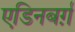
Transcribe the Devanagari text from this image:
एडिनबर्ग़